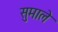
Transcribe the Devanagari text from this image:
सुमाले